Indian journal of veterinary science and animal husbandry - Volume 3,
Year: 1933
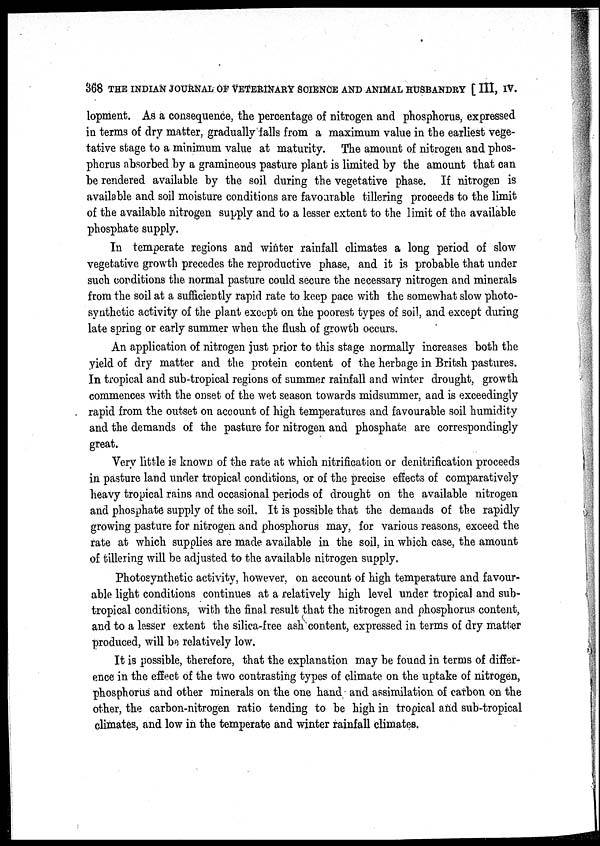
368 THE INDIAN JOURNAL OF VETERINARY SCIENCE AND ANIMAL HUSBANDRY [ III, IV.
lopment. As a consequence, the percentage of nitrogen and phosphorus, expressed
in terms of dry matter, gradually falls from a maximum value in the earliest vege-
tative stage to a minimum value at maturity. The amount of nitrogen and phos-
phorus absorbed by a gramineous pasture plant is limited by the amount that can
be rendered available by the soil during the vegetative phase. If nitrogen is
available and soil moisture conditions are favourable tillering proceeds to the limit
of the available nitrogen supply and to a lesser extent to the limit of the available
phosphate supply.
In temperate regions and winter rainfall climates a long period of slow
vegetative growth precedes the reproductive phase, and it is probable that under
such conditions the normal pasture could secure the necessary nitrogen and minerals
from the soil at a sufficiently rapid rate to keep pace with the somewhat slow photo-
synthetic activity of the plant except on the poorest types of soil, and except during
late spring or early summer when the flush of growth occurs.
An application of nitrogen just prior to this stage normally increases both the
yield of dry matter and the protein content of the herbage in Britsh pastures.
In tropical and sub-tropical regions of summer rainfall and winter drought, growth
commences with the onset of the wet season towards midsummer, and is exceedingly
rapid from the outset on account of high temperatures and favourable soil humidity
and the demands of the pasture for nitrogen and phosphate are correspondingly
great.
Very little is known of the rate at which nitrification or denitrification proceeds
in pasture land under tropical conditions, or of the precise effects of. comparatively
heavy tropical rains and occasional periods of drought on the available nitrogen
and phosphate supply of the soil. It is possible that the demands of the rapidly
growing pasture for nitrogen and phosphorus may, for various reasons, exceed the
rate at which supplies are made available in the soil, in which case, the amount
of tillering will be adjusted to the available nitrogen supply.
Photosynthetic activity, however, on account of high temperature and favour-
able light conditions continues at a relatively high level under tropical and sub-
tropical conditions, with the final result that the nitrogen and phosphorus content,
and to a lesser extent the silica-free ash content, expressed in terms of dry matter
produced, will be relatively low.
It is possible, therefore, that the explanation may be found in terms of differ-
ence in the effect of the two contrasting types of climate on the uptake of nitrogen,
phosphorus and other minerals on the one hand and assimilation of carbon on the
other, the carbon-nitrogen ratio tending to be high in tropical and sub-tropical
climates, and low in the temperate and winter rainfall climates.